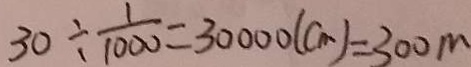
3 0 \div \frac { 1 } { 1 0 0 0 } = 3 0 0 0 0 ( c m ) = 3 0 0 m